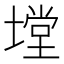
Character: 𭏠